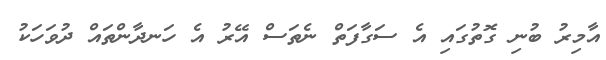
އާމިރު ބުނި ގޮތުގައި އެ ސަގާފަތް ނެތަސް އޭރު އެ ހަނދާންތައް ދުވަހަކު